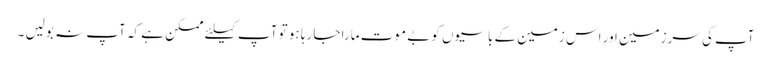
آپ کی سرزمین اور اس زمین کے باسیوں کو بے موت مارا جا رہا ہو تو آپ کیلئے ممکن ہے کہ آپ نہ بولیں ۔